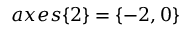
a x e s \{ 2 \} = \{ - 2 , 0 \}